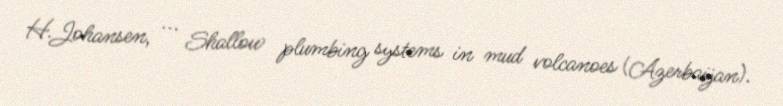
H.Johansen, ... Shallow plumbing systems in mud volcanoes (Azerbaijan).